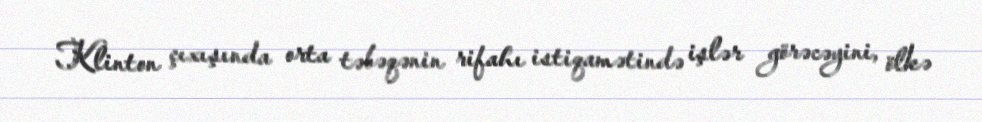
Klinton çıxışında orta təbəqənin rifahı istiqamətində işlər görəcəyini, ölkə